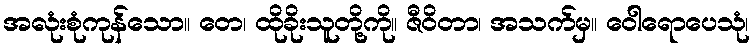
အလုံးစုံကုန်သော။ တေ၊ ထိုခိုးသူတို့ကို။ ဇီဝိတာ၊ အသက်မှ။ ဝေါရောပေသုံ၊